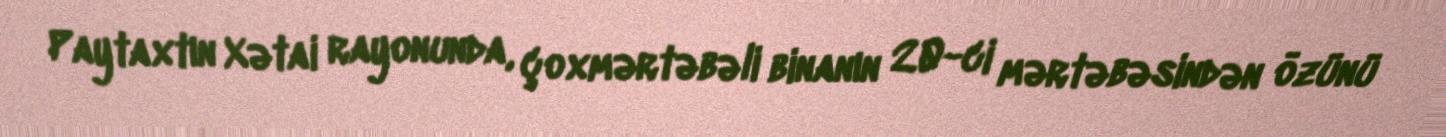
Paytaxtın Xətai rayonunda, çoxmərtəbəli binanın 20-ci mərtəbəsindən özünü